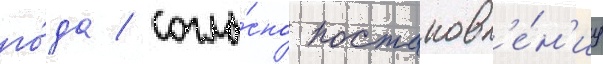
го́да / согла́сно постановл'е́н'иу